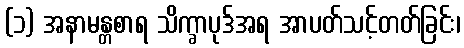
(၁) အနာမန္တစာရ သိက္ခာပုဒ်အရ အာပတ်သင့်တတ်ခြင်း၊